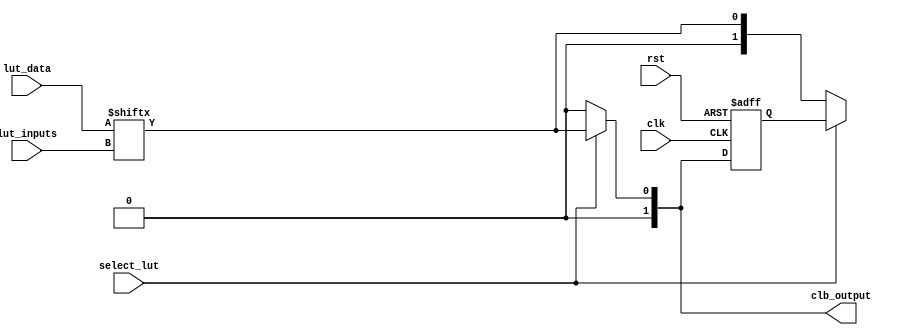
module ConfigurableLogicBlock (
    input wire [3:0] lut_inputs,       // Inputs to the LUT (4 bits)
    input wire [15:0] lut_data,        // LUT configuration data (16 possible outputs for 4 inputs)
    input wire select_lut,             // Select signal for multiplexer to choose LUT output
    input wire clk,                     // Clock signal (for flip-flop operation)
    input wire rst,                     // Reset signal
    output reg [1:0] clb_output        // CLB output (2 bits)
);

    // LUT implementation
    wire lut_output;
    assign lut_output = lut_data[lut_inputs]; // LUT output based on the input and configuration data

    // Multiplexer to select between LUT output and some other signal (e.g., external input)
    wire external_input; // Example external input
    assign clb_output = select_lut ? lut_output : external_input;

    // Optional Flip-Flop to store the LUT output
    reg [1:0] ff_output; // Flip-flop output

    always @(posedge clk or posedge rst) begin
        if (rst) begin
            ff_output <= 2'b00; // Reset condition
        end else begin
            ff_output <= clb_output; // Store the output in flip-flop
        end
    end

    // Final output from the CLB can be either the flip-flop output or direct LUT output
    assign clb_output = select_lut ? ff_output : lut_output;

endmodule